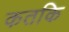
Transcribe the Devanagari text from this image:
कतकि